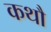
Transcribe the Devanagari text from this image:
कथौ